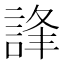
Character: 𧧽